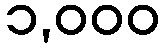
၁,၀၀၀